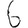
Digit: 6